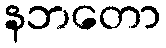
နဘတော